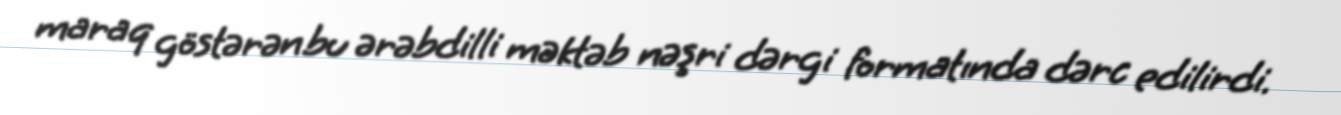
maraq göstərən bu ərəbdilli məktəb nəşri dərgi formatında dərc edilirdi.